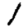
Digit: 1